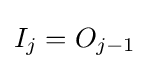
I_{j}=O_{j-1}